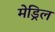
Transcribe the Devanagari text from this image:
मेड्रिल